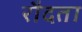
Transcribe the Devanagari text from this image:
रौदता